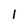
Character: l